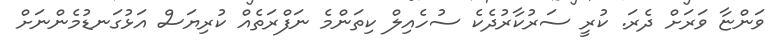
ވަންޏާ ވަރަށް ދެރަ. ކުރީ ސަރުކާރުދެކެ ސުހެއިލް ކިތަންމެ ނަފްރަތެއްް ކުރިޔަސް އަޅުގަނޑުމެންނަށް